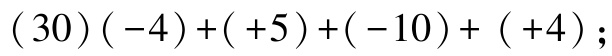
$(30)(-4)+(+5)+(-10)+(+4);$